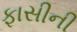
ફાસીની